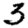
Digit: 3